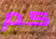
كم